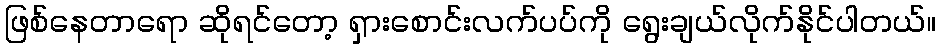
ဖြစ်နေတာရော ဆိုရင်တော့ ရှားစောင်းလက်ပပ်ကို ရွေးချယ်လိုက်နိုင်ပါတယ်။